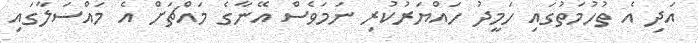
އަދި އެ ތުހުމަތުގައި ހަމީދު ހައްޔަރުކުރި ނަމަވެސް އޭނާގެ މައްޗަށް އެ މައްސަލާގައި